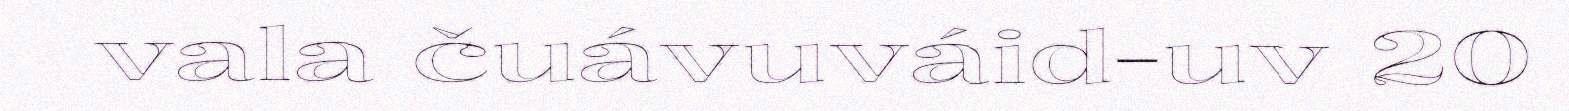
vala čuávuváid-uv 20